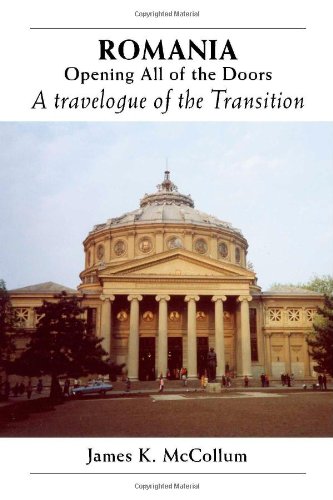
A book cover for Romania Opening All of the Doors: A Travelogue of the Transition; James K. McCollum; History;